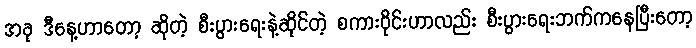
အခု ဒီနေ့ဟာတော့ ဆိုတဲ့ စီးပွားရေးနဲ့ဆိုင်တဲ့ စကားဝိုင်းဟာလည်း စီးပွားရေးဘက်ကနေပြီးတော့